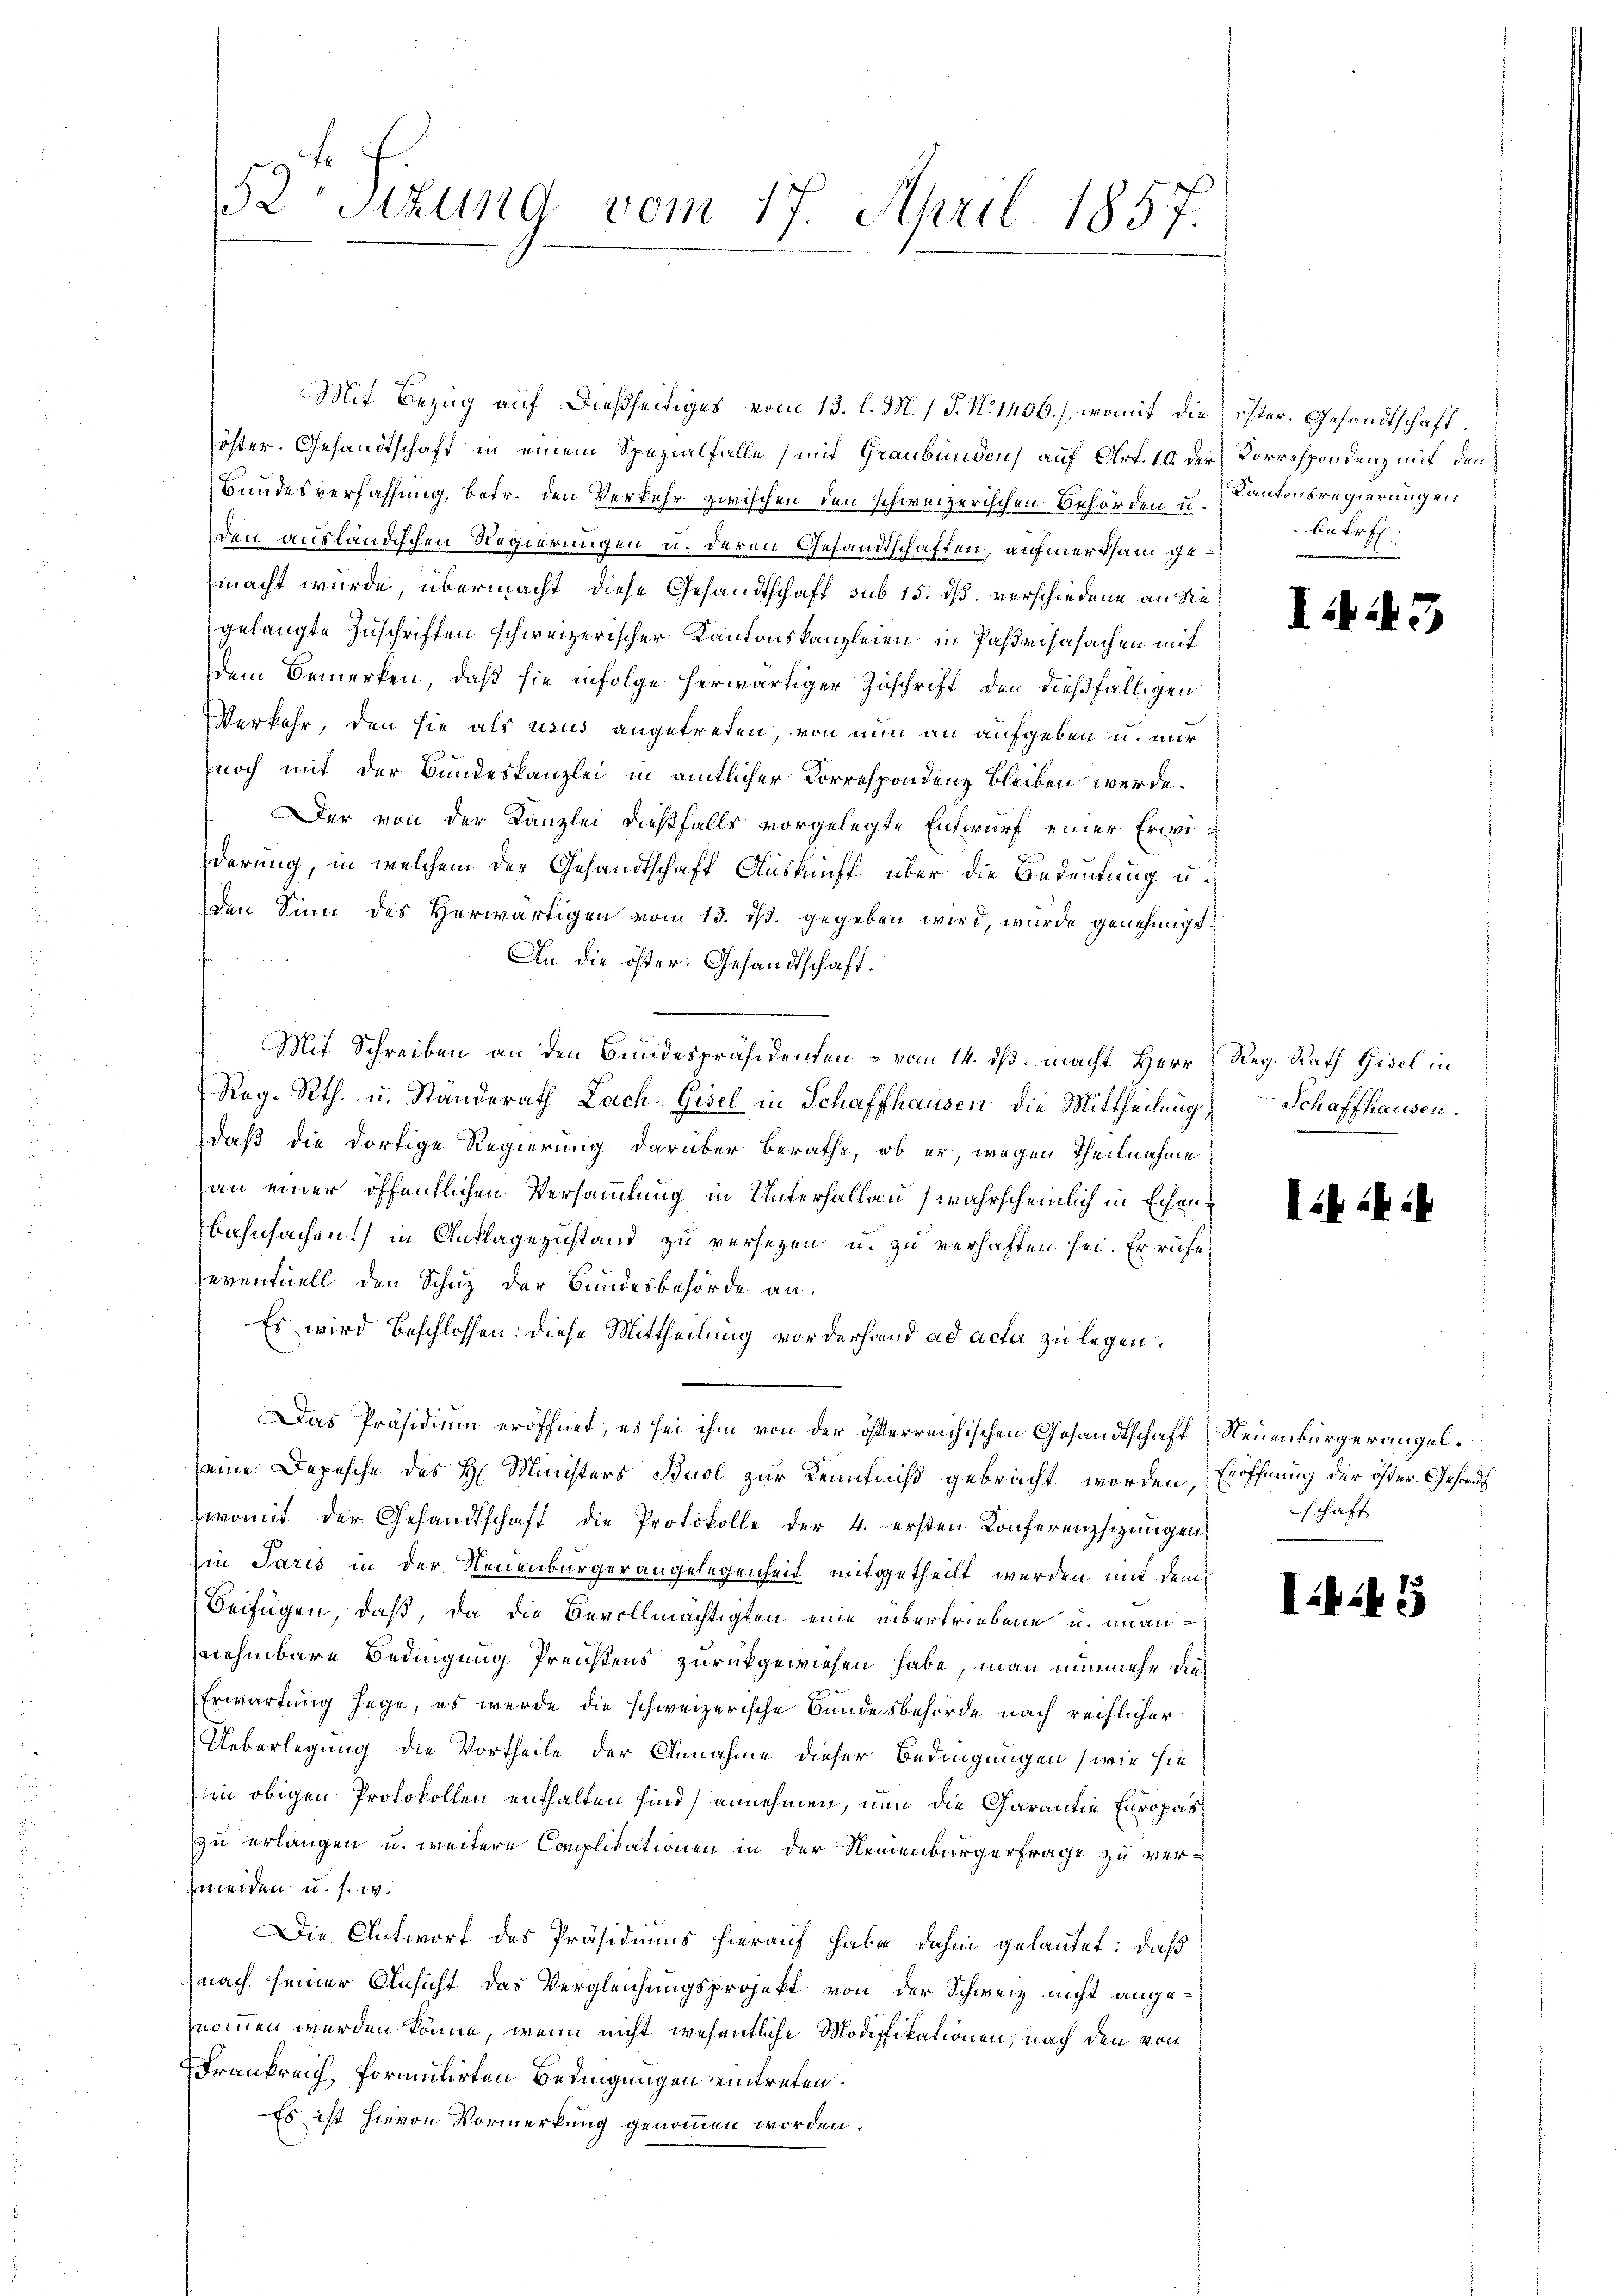
52 Stund vom 17. April 1857.

öster. Gesandtschaft in einem Spezialfalle und Graubünden auf Art. 10 der Korrespondenz mit den
Bundesverfassung, betr. den Verkehr zwischen den schweizerischen Behörden u. Kantonsregierungen
den ausländischen Regierungen u. deren Gesandtschaften, aufmerksam gemacht wurde, übermacht, diese Gesandtschaft sub 15. dß. verschiedene an die
gelangte Zuschriften schweizerischer Kantonskanzleien in Pasterhasachen mit
dem Bemerken, daß sie infolge herwärtiger Zuschrift, den dießfälligen
Verkehr, den sie als usus angetreten, von nun an aufgeben u. nur
noch mit der Bundeskanzlei in amtlicher Correspondenz bleiben werde.
Der von der Kanzlei dießfalls vorgelegte Entwurf einer Erwiderung, in welchem der Gesandtschaft Auskunft über die Bedeutung u.
den Sinn des Herwärtigen vom 13. ds. gegeben wird, wurde genehmigt.
An die öster. Gesandtschaft.
Mit Schreiben an den Bundespräsidenten - vom 14. ds. macht Herr Reg. Rath Gisel in
Reg. Rth. u. Standerath Lach. Gisel in Schaffhausen, die Mittheilung Schaffhausen.
daß die dortige Regierung darüber berathe, ob er, wegen Theilnahme
an einer öffentlichen Versammlung in Unterhallau (wahrscheinlich in Echen¬
Bahnsachen) in Auflagezustand zu versezen u. zu verhaften sei. Er rufe
eventuell den Schuz der Bundesbehörde an.
Es wird beschlossen: diese Mittheilung vorderhand ad acta zu legen.
Das Präsidium eröffnet, es sei ihm von der österreichischen Gesandtschaft Neuenburgeringel.
eine Depesche des H. Ministers Buol zur Kenntniß gebracht worden, Eröffnung der öfter Gesandt
womit der Gesandtschaft die Protokolle der 4. ersten Konferenzsigungen
in Paris in der Neuenburgerangelegenheit mitgetheilt werden mit dem
Beifügen, daß, da die Bevollmächtigten eine übertriebene u. unannehmbare Bedingung Preisens zurückgewiesen habe, man nunmehr dies
Erwartung hege, es werde die schweizerische Bundesbehörde nach reiflicher
Ueberlegung die Vortheile der Annahme dieser Bedingungen (wie sie
in obigen Protokollen enthalten sind) annehmen, nun die Garantie Europas
zu erlangen u. weitere Complikationen in der Neuenburgerfrage zu vermeiden u. s. w.
Die Antwort des Präsidiums hierauf habe dahin gelautet: daß
nach seiner Ansicht das Vergleichungsprojekt von der Schweiz nicht angenommen werden könne, wenn nicht wesentliche Modifikationen, nach den von
Frankreich formulirten Bedingungen eintreten.
Es ist hievon Vormerkung genommen worden.

Mit Bezug auf dießseitiges vom 13. l. M. h. T. No 1406.), womit die ister. Gesandtschaft.

betref

I.)

1

a

s

schaft

I.45